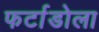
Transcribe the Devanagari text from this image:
फर्टाडोला